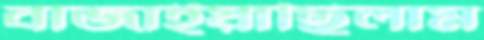
বাজাইয়াছিলাম